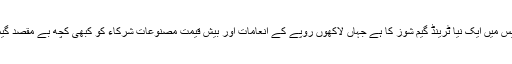
ایک دوسرے کو پیچھے چھوڑ دینے کی اسی ریس میں ایک نیا ٹرینڈ گیم شوز کا ہے جہاں لاکھوں روپے کے انعامات اور بیش قیمت مصنوعات شرکاء کو کبھی کچھ بے مقصد گیمز کھلاِ کر تو کبھی یونہی بانٹ دیے جاتے ہیں۔